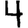
Digit: 4